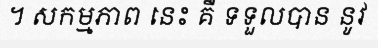
។ សកម្មភាព នេះ គឺ ទទួលបាន នូវ